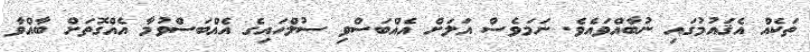
ތަކެއް އެޤައުމުގައި ނުބާއްވައެވެ. ނަމަވެސް އަލަށް އެއްބަސްވި ސުލްހައިގެ އެއްބަސްވުމާ އެއްގޮތަށް ބާއްވާ